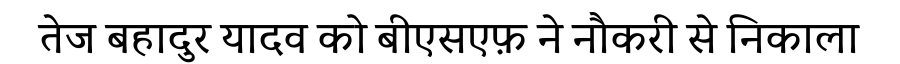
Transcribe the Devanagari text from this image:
तेज बहादुर यादव को बीएसएफ़ ने नौकरी से निकाला